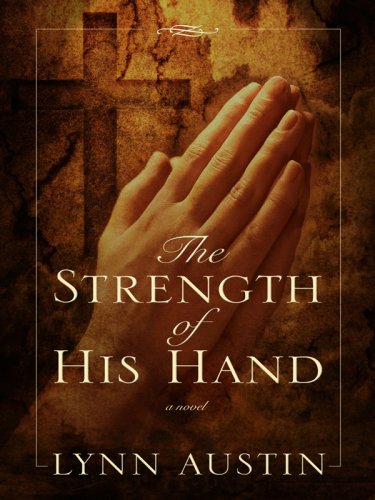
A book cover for The Strength of His Hand (Thorndike Christian Historical Fiction); Lynn N. Austin; Christian Books & Bibles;